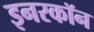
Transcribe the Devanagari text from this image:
इनरकॉन